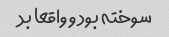
سوخته بود و واقعا بد